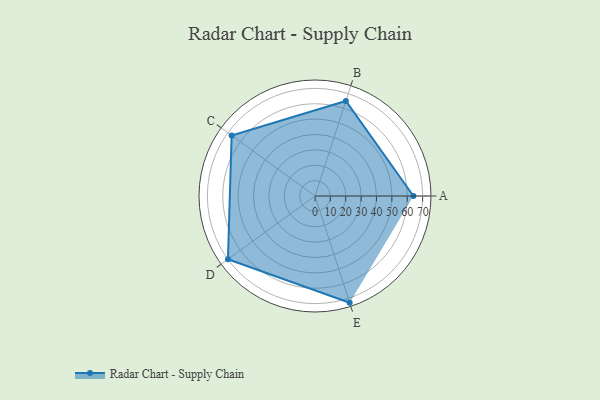
{"axis": {"x": "Skill", "y": "Score"}, "legend": ["Profile"], "data": [{"x": "A", "y": 64.0, "type": "Profile"}, {"x": "B", "y": 65.0, "type": "Profile"}, {"x": "C", "y": 67.0, "type": "Profile"}, {"x": "D", "y": 70.0, "type": "Profile"}, {"x": "E", "y": 73.0, "type": "Profile"}]}